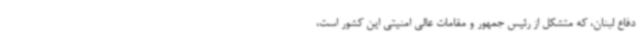
دفاع لبنان، که متشکل از رئیس جمهور و مقامات عالی امنیتی این کشور است،